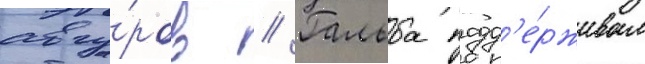
авгу́ров // Гальба подд'е́рживал